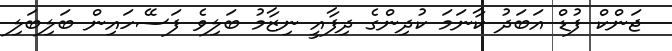
ޖަންކް ފުޑް އަބަދު ކާނަމަ ކުދިންގެ ދިފާއީ ނިޒާމު ބަލިވެ ފަސޭހައިން ބަލިބަލި